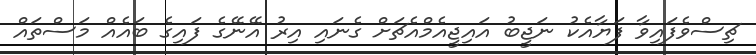
ޗިސްވެފައިވާ ފަޔާއެކު ނަޖީބު އައިޖީއެމްއެޗަށް ގެނައި އިރު އޭނޭގެ ފައިގެ ބައެއް މަސްތައް